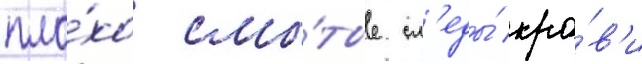
пло́хо смы́тые сл'еды́ кро́в'и